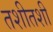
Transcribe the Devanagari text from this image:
तशीतशी